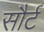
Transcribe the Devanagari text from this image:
सौर्ट